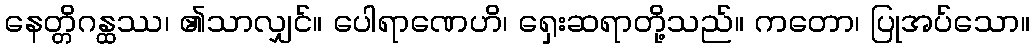
နေတ္တိဂန္ထဿ၊ ၏သာလျှင်။ ပေါရာဏေဟိ၊ ရှေးဆရာတို့သည်။ ကတော၊ ပြုအပ်သော။